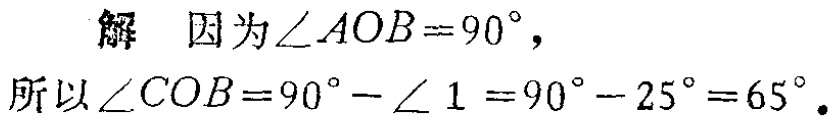
解 因为$\angle AOB = 90^{\circ}$，
所以$\angle COB = 90^{\circ}-\angle 1=90^{\circ}-25^{\circ}=65^{\circ}$.